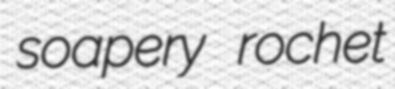
soapery rochet